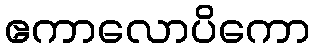
ဧကာလောပိကော